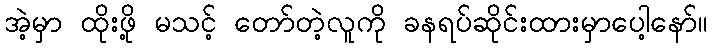
အဲ့မှာ ထိုးဖို့ မသင့် တော်တဲ့လူကို ခနရပ်ဆိုင်းထားမှာပေါ့နော်။